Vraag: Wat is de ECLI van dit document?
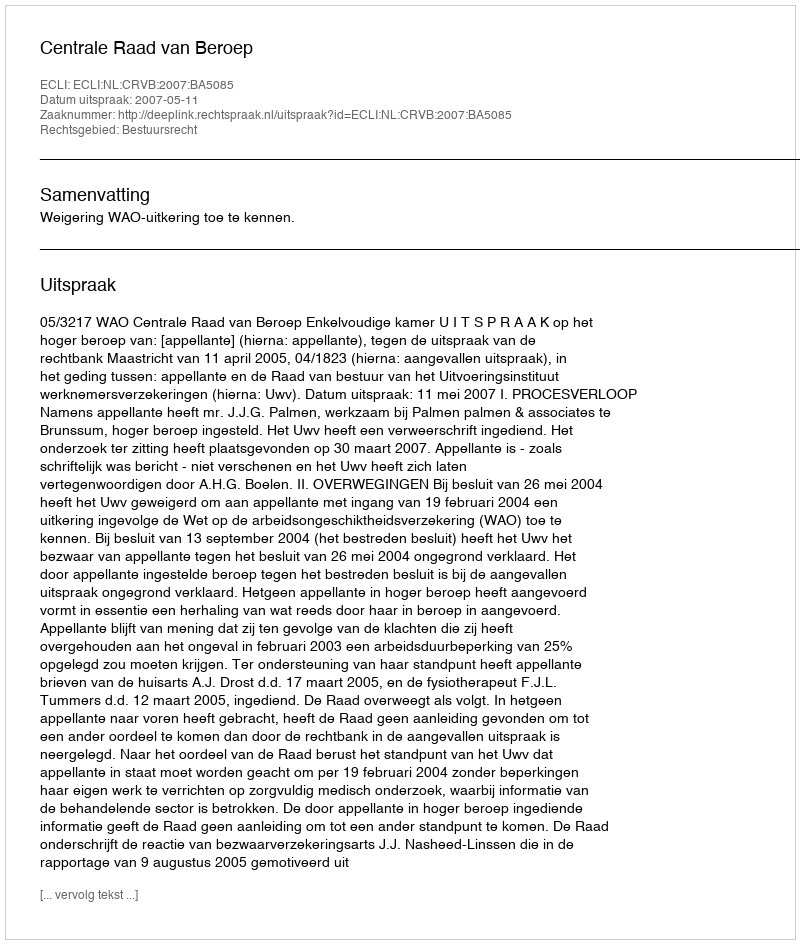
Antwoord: ECLI:NL:CRVB:2007:BA5085